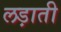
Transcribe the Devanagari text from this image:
लड़ाती